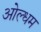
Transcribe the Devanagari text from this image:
ओल्धम